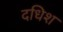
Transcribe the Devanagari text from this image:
दधिश